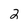
Character: 2